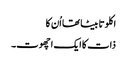
اکلوتا بیٹا تھا اُن کا
ذات کا ایک اچھوت۔